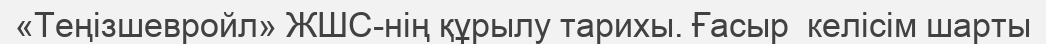
«Теңізшевройл» ЖШС-нің құрылу тарихы. Ғасыр  келісім шарты